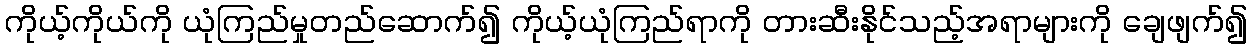
ကိုယ့်ကိုယ်ကို ယုံကြည်မှုတည်ဆောက်၍ ကိုယ့်ယုံကြည်ရာကို တားဆီးနိုင်သည့်အရာများကို ချေဖျက်၍